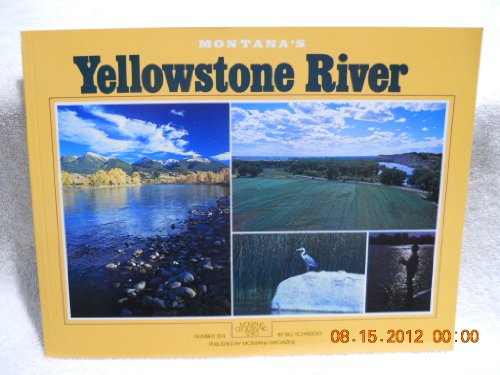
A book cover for Montana's Yellowstone River (Montana geographic series); Bill Schneider; Travel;